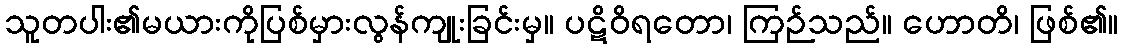
သူတပါး၏မယားကိုပြစ်မှားလွန်ကျုးခြင်းမှ။ ပဋိဝိရတော၊ ကြဉ်သည်။ ဟောတိ၊ ဖြစ်၏။